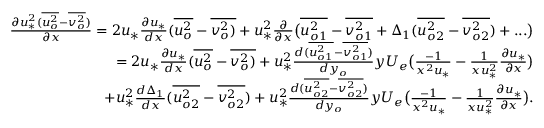
\begin{array} { r } { \frac { \partial u _ { * } ^ { 2 } ( \overline { { u _ { o } ^ { 2 } } } - \overline { { v _ { o } ^ { 2 } } } ) } { \partial x } = 2 u _ { * } \frac { \partial u _ { * } } { d x } ( \overline { { u _ { o } ^ { 2 } } } - \overline { { v _ { o } ^ { 2 } ) } } + u _ { * } ^ { 2 } \frac { \partial } { \partial x } \big ( \overline { { u _ { o 1 } ^ { 2 } } } - \overline { { v _ { o 1 } ^ { 2 } } } + \Delta _ { 1 } ( \overline { { u _ { o 2 } ^ { 2 } } } - \overline { { v _ { o 2 } ^ { 2 } } } ) + . . . \big ) } \\ { = 2 u _ { * } \frac { \partial u _ { * } } { d x } ( \overline { { u _ { o } ^ { 2 } } } - \overline { { v _ { o } ^ { 2 } ) } } + u _ { * } ^ { 2 } \frac { d ( \overline { { u _ { o 1 } ^ { 2 } } } - \overline { { v _ { o 1 } ^ { 2 } } } ) } { d y _ { o } } y U _ { e } \big ( \frac { - 1 } { x ^ { 2 } u _ { * } } - { \frac { 1 } { x u _ { * } ^ { 2 } } \frac { \partial u _ { * } } { \partial x } } \big ) } \\ { + u _ { * } ^ { 2 } \frac { d \Delta _ { 1 } } { d x } ( \overline { { u _ { o 2 } ^ { 2 } } } - \overline { { v _ { o 2 } ^ { 2 } } } ) + u _ { * } ^ { 2 } \frac { d ( \overline { { u _ { o 2 } ^ { 2 } } } - \overline { { v _ { o 2 } ^ { 2 } } } ) } { d y _ { o } } y U _ { e } \big ( \frac { - 1 } { x ^ { 2 } u _ { * } } - { \frac { 1 } { x u _ { * } ^ { 2 } } \frac { \partial u _ { * } } { \partial x } } \big ) . } \end{array}